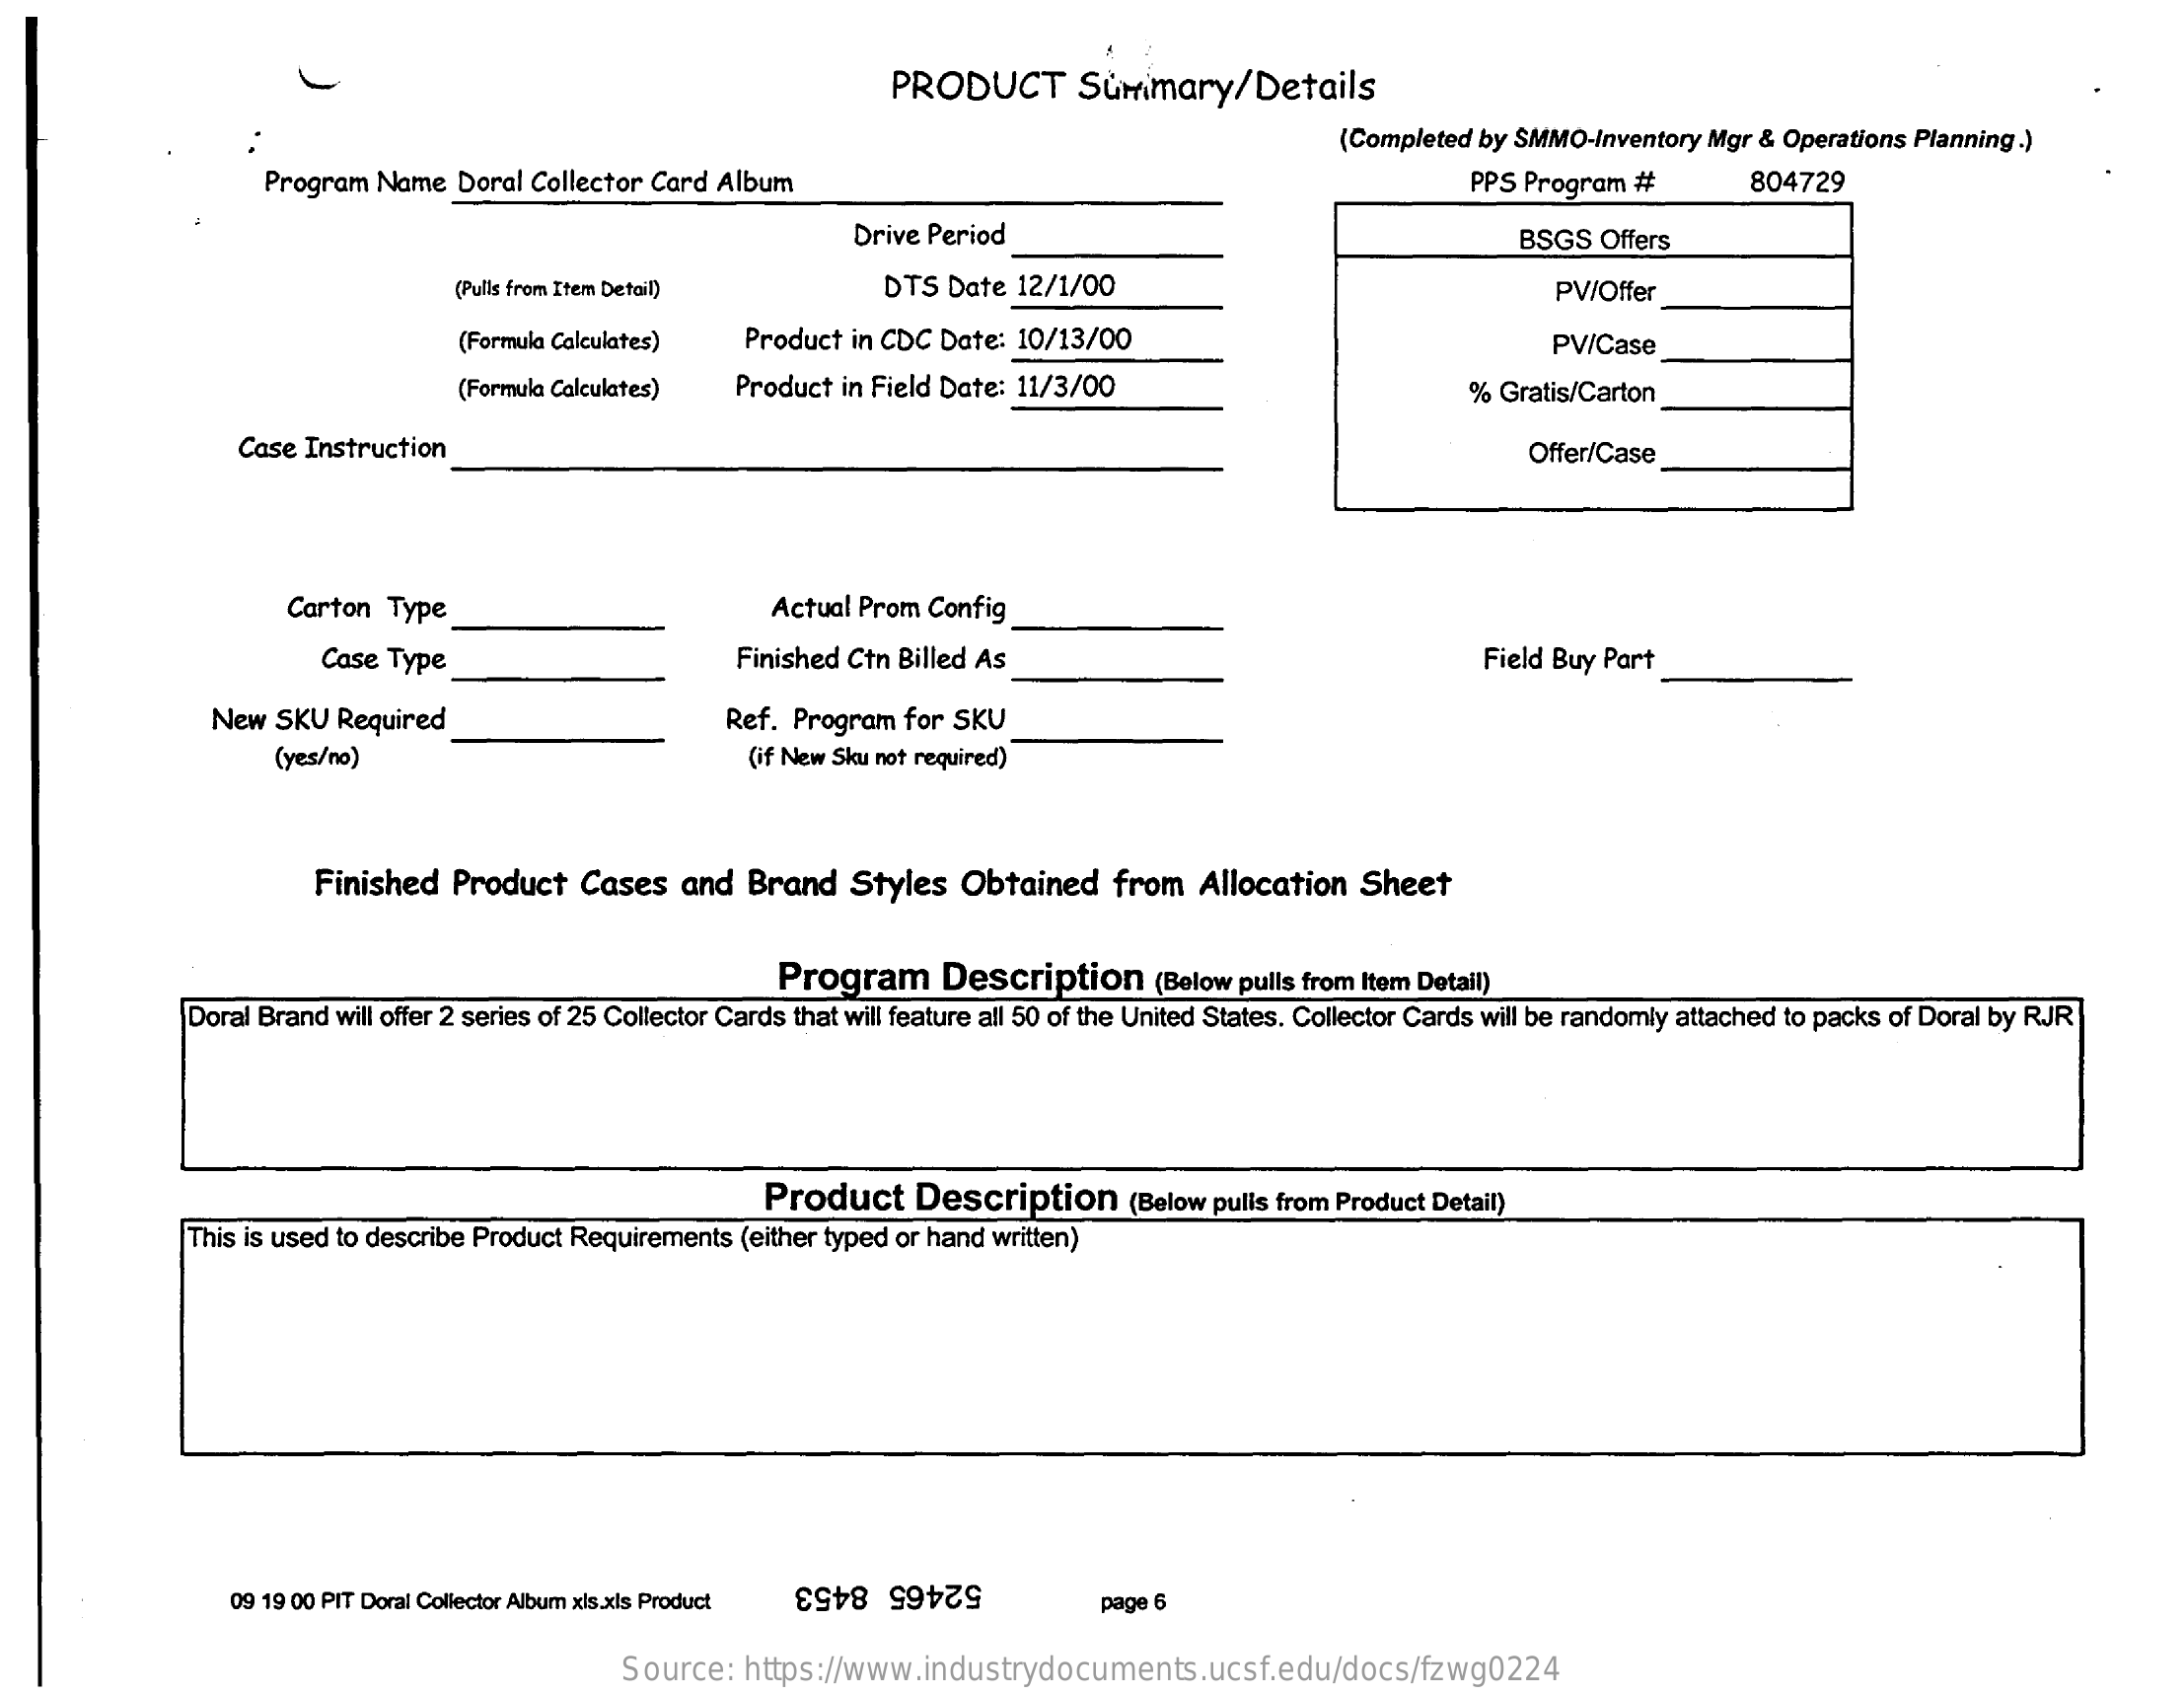
PRODUCT    Summary/Details
     (Completed by SMMO-Inventory Mgr & Operations Planning.)
     Program Name  Doral Collector Card Album    PPS Program #    804729
     Drive Period    BSGS Offers
     (Pulls from Item Detail)    DTS  Date 12/1/00    PV/Offer
     (Formula Calculates) Product in CDC Date: 10/13/00    PV/Case
     (Formula Calculates) Product in Field Date: 11/3/00    % Gratis/Carton
     Case Instruction    Offer/Case
     Carton Type    Actual Prom Config
     Case Type    Finished Ctn Billed As    Field Buy Part
     New SKU Required    Ref. Program for SKU
     (yes/no)    (if New Sku not required)
     Finished  Product  Cases   and Brand   Styles  Obtained   from  Allocation  Sheet
     Program    Description    (Below pulls from Item Detail)
     Doral Brand will offer 2 series of 25 Collector Cards that will feature all 50 of the United States. Collector Cards will be randomly attached to packs of Doral by RJR
     Product   Description    (Below pulls from Product Detail)
     This is used to describe Product Requirements (either typed or hand written)
     09 19 00 PIT Doral Collector Album xis.xls Product 52465 8453  page 6
     Source:  https://www.industrydocuments.ucsf.edu/docs/fzwg0224